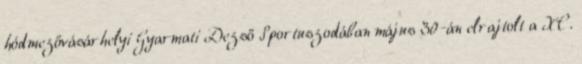
hódmezővásárhelyi Gyarmati Dezső Sportuszodában május 30-án elrajtolt a XC.